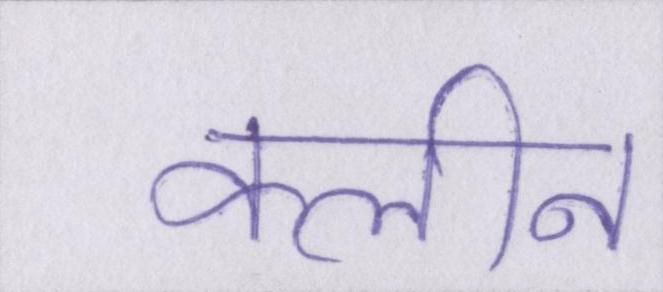
क्लीन